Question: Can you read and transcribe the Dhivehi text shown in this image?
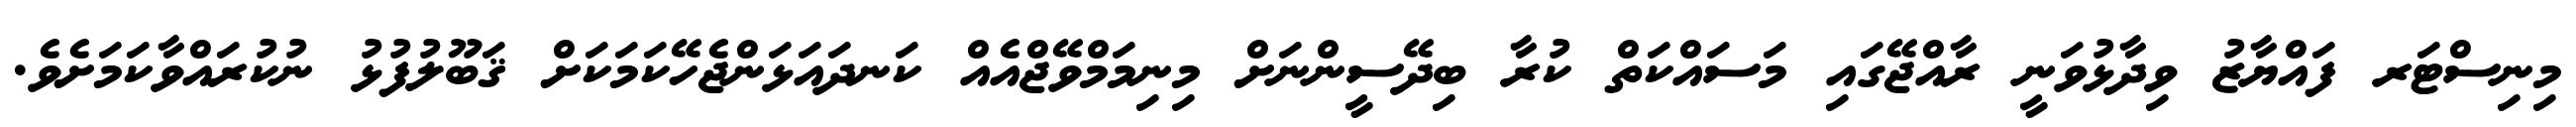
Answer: މިނިސްޓަރ ފައްޔާޒު ވިދާޅުވަނީ ރާއްޖޭގައި މަސައްކަތް ކުރާ ބިދޭސީންނަށް މިނިމަމްވޭޖްއެއް ކަނދައަޅަންޖެހޭކަމަކަށް ޤަބޫލުފުޅު ނުކުރައްވާކަމަށެވެ.